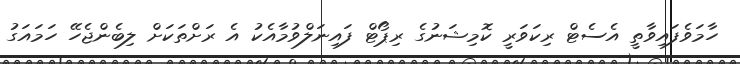
ހާމަވެފައިވާތީ އެސެޓް ރިކަވަރީ ކޮމިޝަނުގެ ރިޕޯޓް ފައިނަލްވުމާއެކު އެ ރަށްތަކަށް ލިބެންޖެހޭ ހަމައަގު